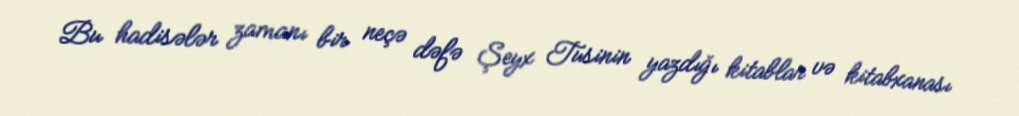
Bu hadisələr zamanı bir neçə dəfə Şeyx Tusinin yazdığı kitablar və kitabxanası